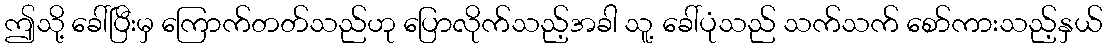
ဤသို့ ခေါ်ပြီးမှ ကြောက်တတ်သည်ဟု ပြောလိုက်သည့်အခါ သူ့ ခေါ်ပုံသည် သက်သက် စော်ကားသည့်နှယ်